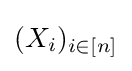
(X_{i})_{i\in [n]}